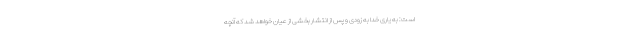
است: به یاری خدا به زودی و پس از انتشار بخشی از عیان خواهد شد که آنچه